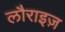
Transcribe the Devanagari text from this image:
लौराइज़